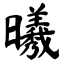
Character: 𣌀